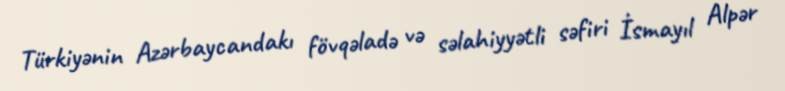
Türkiyənin Azərbaycandakı fövqəladə və səlahiyyətli səfiri İsmayıl Alpər